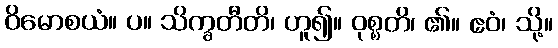
ဝိမောစယံ။ ပ။ သိက္ခတီတိ၊ ဟူ၍။ ဝုစ္စတိ၊ ၏။ ဧဝံ၊ သို့။